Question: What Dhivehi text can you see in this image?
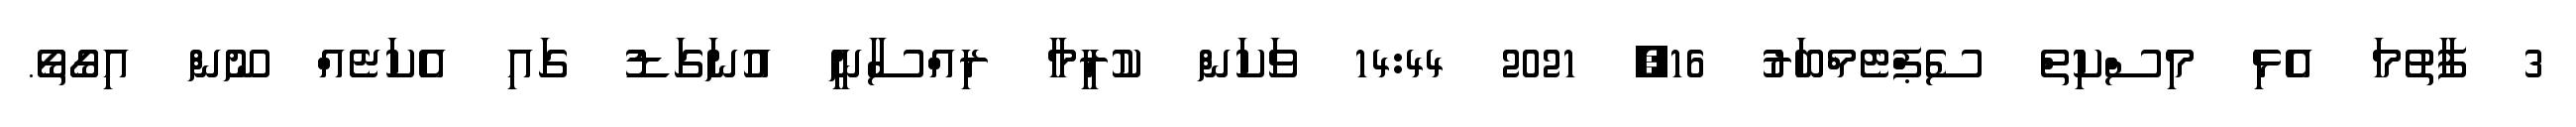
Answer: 3 ފާތުމަ އެޅި މިސްކިތް ސެޕްޓެމްބަރު 16, 2021 14:44 ވަކަން ކުރީމާ ރިއްސާނީ އުނަގަޑު ގައި އެކަޏެއް ނޫން އިގޯތޯ.